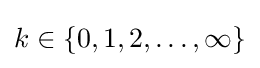
k\in \{0,1,2,\ldots ,\infty \}